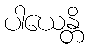
ပါယေန္တိ